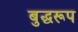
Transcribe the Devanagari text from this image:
बुद्धरूप